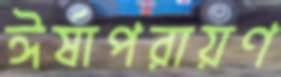
ঈর্ষাপরায়ণ